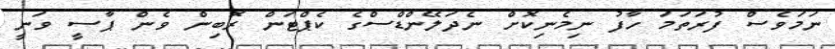
ނަމަވެސް ފުރަތަމަ ހާފު ނިމެނިކޮށް ނެދަލޭންޑްސްގެ ކެޕްޓަން ރޮބިން ވެން ޕާސީ ވަނީ